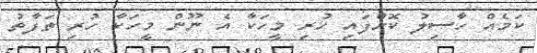
ކަމެއް ހާސިލު ކޮށްފައި ހުރި މީހަކާ އެ ނޫން މީހަކާ ހުރި ތަފާތު